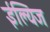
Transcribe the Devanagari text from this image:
ईल्यिज